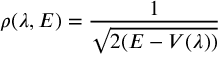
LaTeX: \rho ( \lambda , E ) = \frac { 1 } { \sqrt { 2 ( E - V ( \lambda ) ) } }